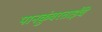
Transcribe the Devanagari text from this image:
पानकुंवरताईंचे